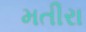
મતીરા